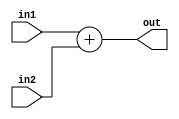
/*
 TungstenHammer CSCI320
 Michael Hammer - Son Pham - Tung Phan
 MIPS CPU Implementation
 Based on Harris & Harris' "Digital Design and Computer Architecture" (2012)
 */

/*
 adder - add in1 and in2, output to out
 */
module adder(in1, in2, out);
   input [31:0] in1, in2;
   output [31:0] out;

   parameter DELAY = 100;
   
   reg [31:0] 	 out_next;

   assign #DELAY out = out_next;
   always @(*)
     out_next <= in1 + in2;
endmodule // adder